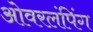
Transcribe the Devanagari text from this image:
ओवरलंपिंग